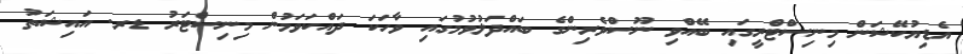
އެޑިޔުކޭޝަން މިނިސްޓްރީގައި ބޭއްވި ނޫސްވެރިންގެ ބައްދަލުވުމުގައި ވާހަކަ ދައްކަވަމުން މިނިސްޓަރު ޑރ. އައިޝަތު